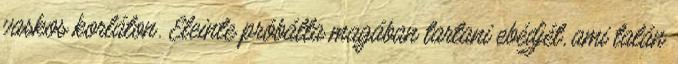
vaskos korláton. Eleinte próbálta magában tartani ebédjét, ami talán